King Institute of Preventive Medicine Micro-Biological Section reports 1912-19
Year: 1912
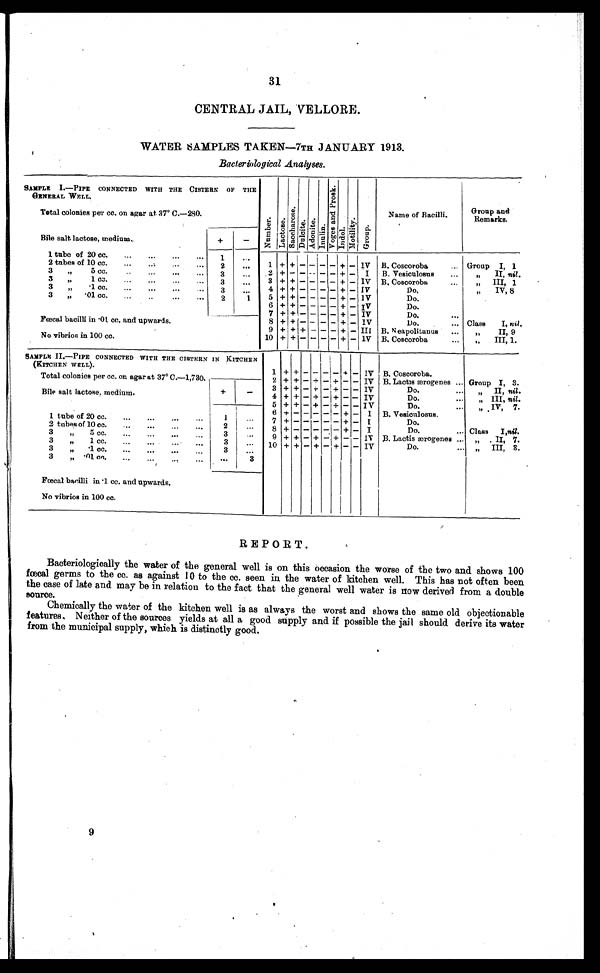
31
CENTRAL JAIL, VELLORE.
WATER SAMPLES TAKEN-7TH JANUARY 1913.
Bacteriological Analyses.
SAMPLE 1.—PIPE CONNECTED WITH THE CISTERN OF THE
GENERAL WELL.
Total colonies per cc. on agar at 37° C.—280.
N u m b e r .
L a c t o s e .
S a c c h a r o s e .
D u l c i t e . A d o n i t e .
I n u l i n .
V o g e s a n d P r o s k .
I n d o l . M o t i l i t y .
G r o u p .
Name of Bacilli.
Group and
Remarks.
Bile salt. lactose, medium.
+
-
1 tube of 20 cc.
...
...
...
...
1
. ..
1 + +
-
-
-
- +
- I V
B. Coscoroba
Group I, 1
2 tubes of 10 cc.
...
..;
...
. ..
2
. . .
2
+ - - - - - - + - 1
B. Vesiculosus
...
„ II, nil .
3
„
5 cc....
3
. . .
3 + + - - - - + - IV B, Coscoroba
...
„ III, 1
3 „ 1 cc.
. . .
4
+ +
- - - -
+ -
IV
Do.
„ I V , 8
3
„
'1 CC.
...
...
...
. . .
3
...
5 + + - - - -
+ -
IV
Do.
3
„
.1 cc.
.... .
1
6 + + - - - - +
-
IV
Do.
7 + + - - - -
+
- IV
Do.
...
Fœcal bacilli in .01 cc. and upwards.
No vibrios in 100 cc.
8 + + - - - - + - IV
Do.
... Class
I, nil .
9 + + + - - - + - III B. N eapolitanus
...
„
II, 9
10 +
+ -
-
- - + - IV B. Coscoroba
„ I I I , 1 .
1
+
+ -
-
- -
+
-
I V
B. Coscoroba.
SAMPLE IL—PIPE CONNECTED WITH THE CISTERN IN KITCHEN
(KITCHEN WELL).
Total colonies per cc. on agar at 37° C.—1,730.
2
+ + - + - + - -
I V
B. Lactis ærogenes ... Group I, 3.
3
+ + - + - + - -
I V Do.
...
„
II, nil.
Bile salt lactose. medium.
+
-
4
+ + - + - + - -
I V Do.
...
„ III, nil.
5
+ + - + - + - -
I V Do.
...
„ IV, 7.
1 tube of 20 cc.
...
1
...
6
+ - - - -
- + -
I
B. Vesiculosus.
7
+ - - - - - + -
I Do.
...
...
...
2 tubes of 10 cc.
...
...
...
2
. . .
8
+ - - - - - + -
I Do.
... Class
I,nil.
3
„
5 cc.
...
...
...
...
3
. . .
9
+ + - + - + - -
I V
B. Lactis ærogenes .
„ . II, 7.
3
„
1 cc.
...
...
...
3
. . .
10
+
+ - + - + - - I V Do.
... „
III, 3.
3
„
.1 cc.
...
...
...
3
3
„ .01 cc.
...
...
..,
...
...
3
Fœcal bacilli in .1 cc. and upwards.
No vibrios in 100 cc.
REPORT.
Bacteriologically the water of the general well is on this occasion the worse of the two and shows 100
faecal germs to the cc. as against 10 to the cc. seen in the water of kitchen well. This has not often been
the case of late and may be in relation to the fact that the general well water is now derived from a double
source.
Chemically the water of the kitchen well is as always the worst and shows the same old objectionable
features, Neither of the sources yields at all a good supply and if possible the jail should derive its water
from the municipal supply, which is distinctly good.